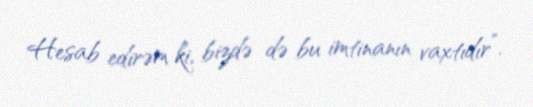
Hesab edirəm ki, bizdə də bu imtinanın vaxtıdır”.